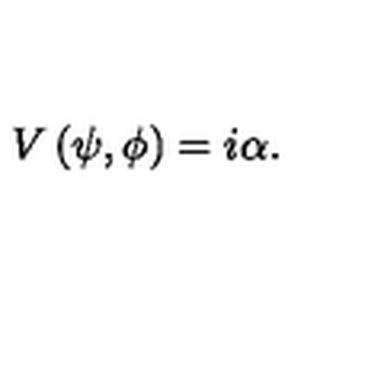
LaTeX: V \left( \psi , \phi \right) = i \alpha .